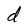
Character: d